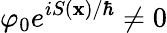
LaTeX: \varphi_{0}e^{iS(\mathbf{x})/\hbar}\neq 0